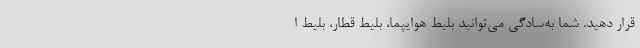
قرار دهید. شما به‌سادگی می‌توانید بلیط هوایپما، بلیط قطار، بلیط ا